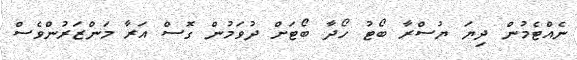
ނެއްޓެމުން ދިޔަ ޔުސްރާ ބޯޓު ހޯދާ ބޯޓަށް ދުވަމުން ގޮސް އަރާ މަންޒަރުންވެސް